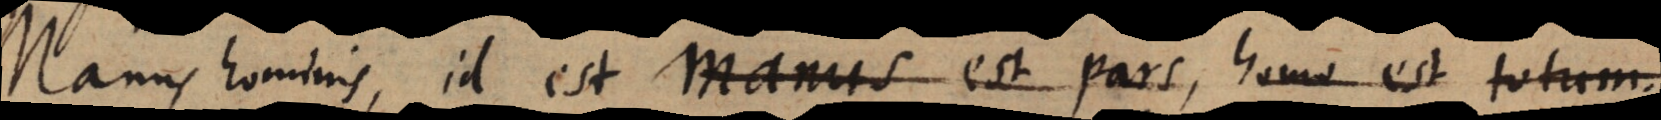
Manus hominis, id est manus est pars, homo est totum.